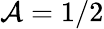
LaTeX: \mathcal{A}=1/2